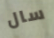
سال